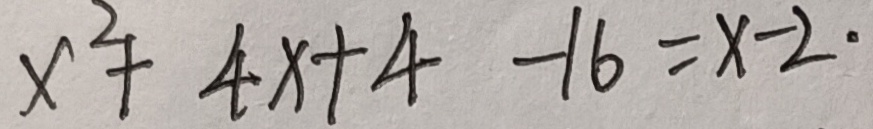
x ^ { 2 } + 4 x + 4 - 1 6 = x - 2 \cdot